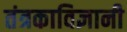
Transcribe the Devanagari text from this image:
तंत्रकाविज्ञानी